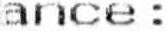
ANCE :